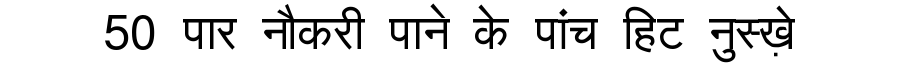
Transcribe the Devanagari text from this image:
50 पार नौकरी पाने के पांच हिट नुस्ख़े